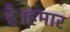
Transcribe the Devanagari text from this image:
है।हमार